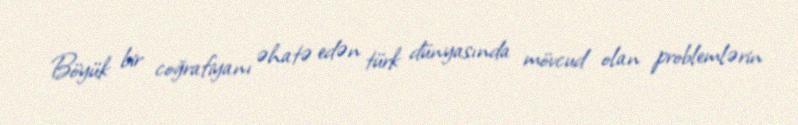
Böyük bir coğrafiyanı əhatə edən türk dünyasında mövcud olan problemlərin